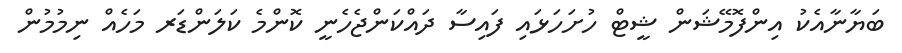
ބަޔާނާއެކު އިންފޮމޭޝަން ޝީޓް ހުށަހަޅައި ފައިސާ ދައްކަންޖެހެނީ ކޮންމެ ކަލަންޑަރ މަހެއް ނިމުމުން